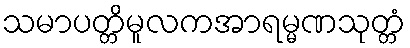
သမာပတ္တိမူလကအာရမ္မဏသုတ္တံ